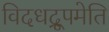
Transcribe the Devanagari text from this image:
विदधद्रूपमेति